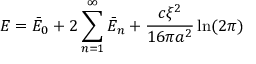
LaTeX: E = \bar { E } _ { 0 } + 2 \sum _ { n = 1 } ^ { \infty } \bar { E } _ { n } + \frac { c \xi ^ { 2 } } { 1 6 \pi a ^ { 2 } } \ln ( 2 \pi )